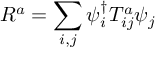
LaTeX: R ^ { a } = \sum _ { i , j } \psi _ { i } ^ { \dagger } T _ { i j } ^ { a } \psi _ { j }